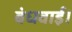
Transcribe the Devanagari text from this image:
बंधवाई।